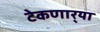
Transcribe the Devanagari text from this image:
टेकणार्‍या